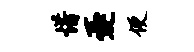
惜忧便